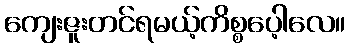
ကျေးဇူးတင်ရမယ့်ကိစ္စပေ့ါလေ။